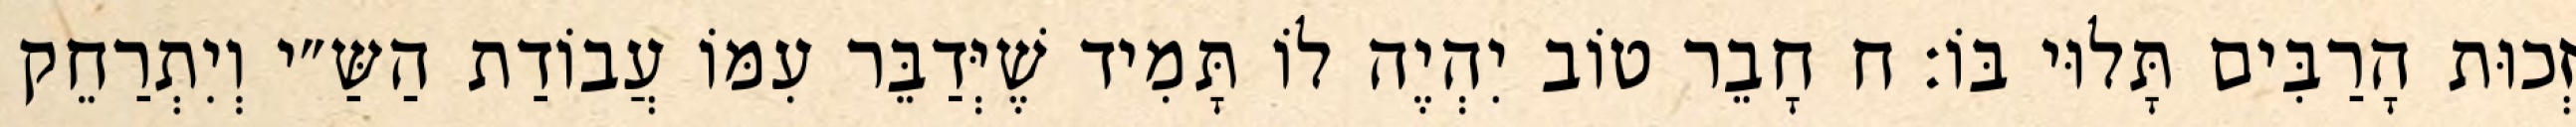
זְכוּת הָרַבִּים תָּלוּי בּוֹ: ח חָבֵר טוֹב יִהְיֶה לוֹ תָּמִיד שֶׁיְּדַבֵּר עִמּוֹ עֲבוֹדַת הַשַּ״י וְיִתְרַחֵק